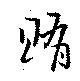
賄